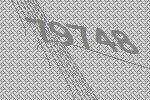
79748